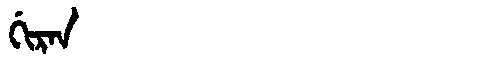
Manchu: ᡤᡳᡵᠠᠨ
Romanization: GIRAN